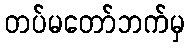
တပ်မတော်ဘက်မှ